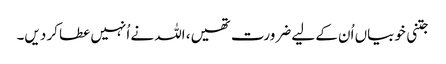
جتنی خوبیاں اُن کے لیے ضرورت تھیں، اللہ نے اُنہیں عطا کر دیں۔